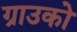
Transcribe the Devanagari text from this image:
ग्राउको